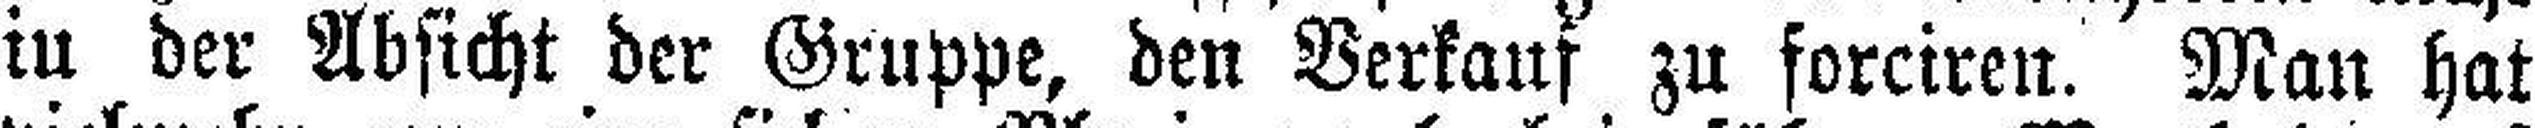
in der Absicht der Gruppe, den Verkauf zu forciren. Man hat